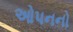
ઓપનનો